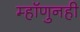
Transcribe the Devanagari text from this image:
म्हॉणुनही